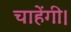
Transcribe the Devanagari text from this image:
चाहेंगी।